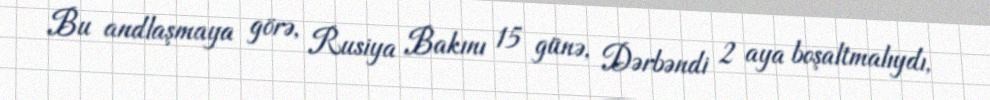
Bu andlaşmaya görə, Rusiya Bakını 15 günə, Dərbəndi 2 aya boşaltmalıydı,